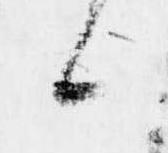
候